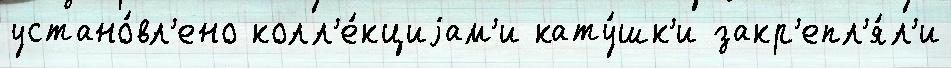
устано́вл'ено колл'е́кциjам'и кату́шк'и закр'епл'я́л'и